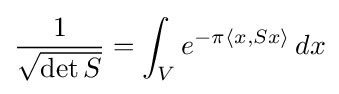
{\frac {1}{\sqrt {\det S}}}=\int _{V}e^{-\pi \langle x,Sx\rangle }\,dx